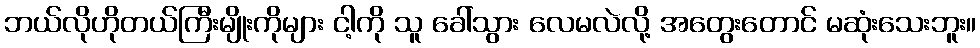
ဘယ်လိုဟိုတယ်ကြီးမျိုးကိုများ ငါ့ကို သူ ခေါ်သွား လေမလဲလို့ အတွေးတောင် မဆုံးသေးဘူး။